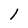
Character: l